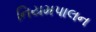
નિયમપાલન